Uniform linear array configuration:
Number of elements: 4
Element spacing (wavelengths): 1
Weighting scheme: uniform
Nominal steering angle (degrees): -45
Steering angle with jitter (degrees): -46.13
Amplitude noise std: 0.05
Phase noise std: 0.05

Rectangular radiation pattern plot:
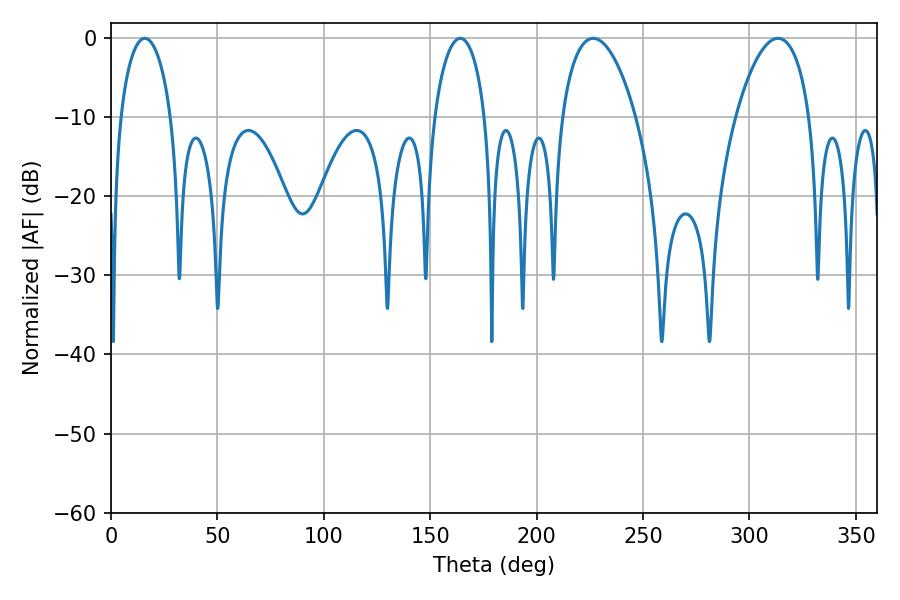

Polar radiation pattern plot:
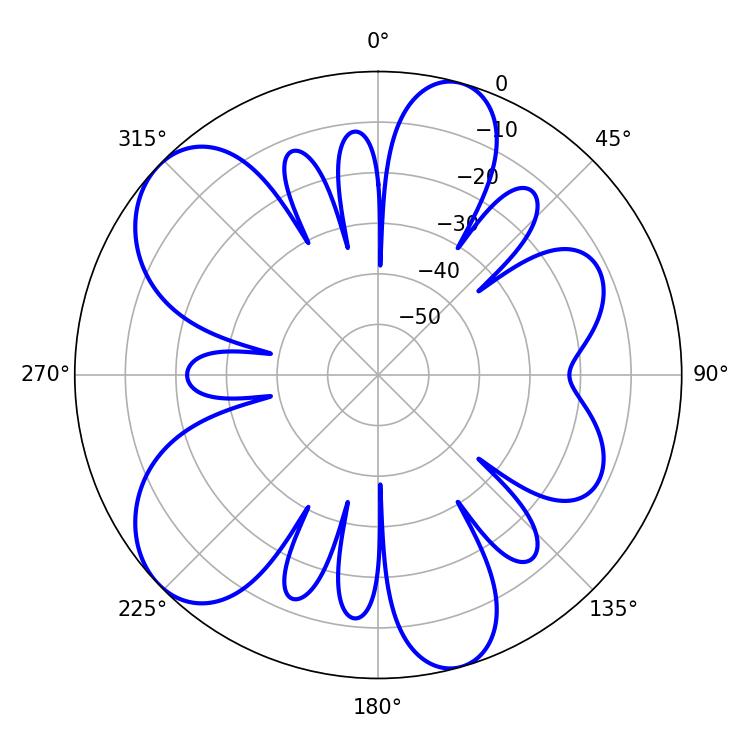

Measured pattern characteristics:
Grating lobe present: TRUE
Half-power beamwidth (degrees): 19.62
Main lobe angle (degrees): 226.62